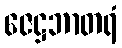
ဇေဋ္ဌဘာတရံ